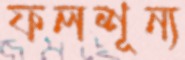
ফলশূন্য